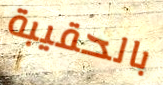
بالحقيبة